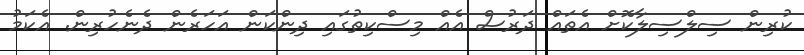
ކުރިން ސިލްސިލާކޮށް އެތައް ދަރުސް އެއް މިސްކިތުގައި ދިންކަން އަހަރެން ދެނެހުރިން. އެކަމު